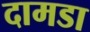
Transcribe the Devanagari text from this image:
दामडा